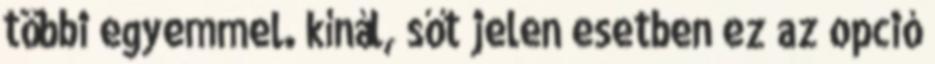
többi egyemmel. kínál, sőt jelen esetben ez az opció